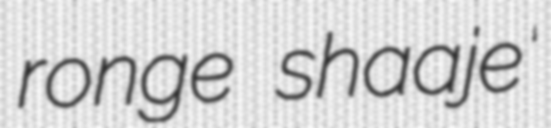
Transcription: ronge shaaje’